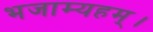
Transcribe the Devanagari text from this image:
भजाम्यहम्।